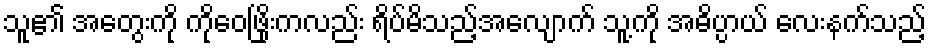
သူ၏ အတွေးကို ကိုဝေဖြိုးကလည်း ရိပ်မိသည့်အလျောက် သူ့ကို အဓိပ္ပာယ် လေးနက်သည့်